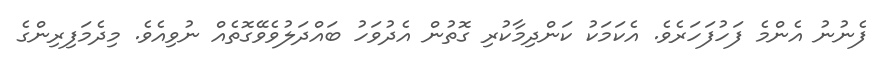
ފެނުނު އެންމެ ފަހުފަހަރެވެ. އެކަމަކު ކަންދިމާކުރި ގޮތުން އެދުވަހު ބައްދަލުވެވޭގޮތެއް ނުވިއެވެ. މިދެމަފިރިންގެ